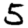
Digit: 5